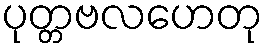
ပုတ္တဗလဟေတု